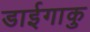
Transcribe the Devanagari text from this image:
डाईगाकु